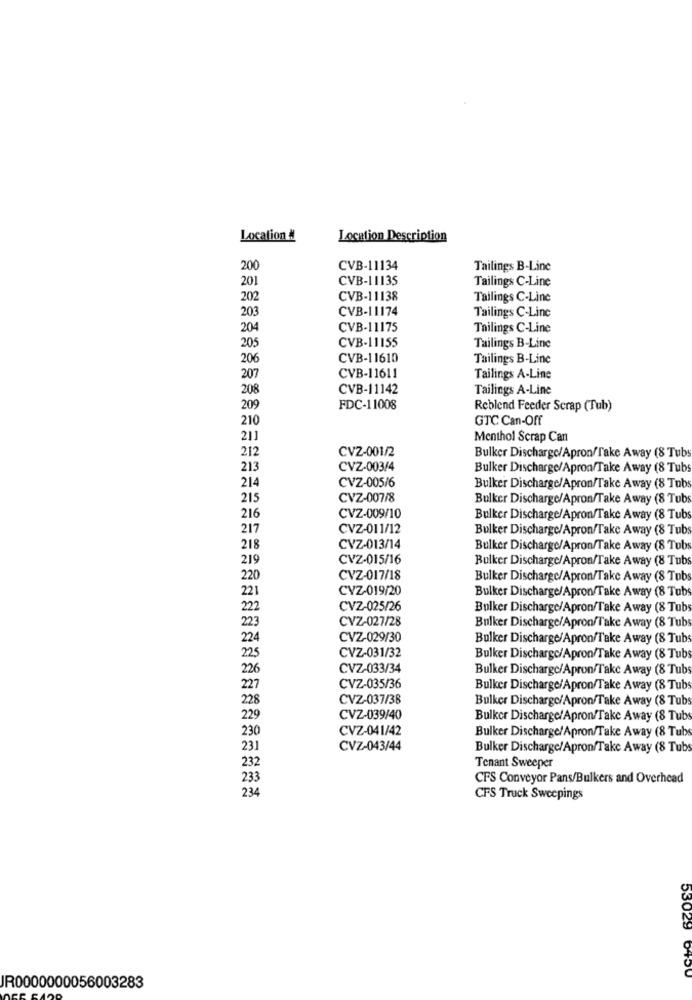
Location #
Location Description
200
CVB-11134
Tailings B-Line
201
CVB-11135
Tailing& C-Line
202
CVB-11138
Tailings C-Line
203
CVB-11174
Tailings C-Line
204
CVB-11175
Tailings C-Line
CVB-11155
205
Tailings B-Line
206
CVB-11610
Tailings B-Line
207
CVB-11611
Tailings A-Line
208
CVB-11142
Tailings A-Line
209
FDC-11008
Reblend Feeder Scrap (Tub)
210
GTC Can-Off
211
Menthol Scrap Can
212
CVZ-001/2
Bulker Discharge/Apron/Take Away (8 Tub
213
CVZ-003/4
Bulker Discharge/Apron/Take Away (8 Tubs
CVZ-005/6
214
Bulker Discharge/Apron/Take Away (8 Tubs
215
CVZ-007/8
Bulker Discharge/Apron/Take Away (8 Tubs
216
CVZ-009/10
Bulker Discharge/Apron/Take Away (8 Tubs
217
CVZ-011/12
Bulker Discharge/Apron/Take Away (8 Tubs
218
CVZ-013/14
Bulker Discharge/Apron/Take Away (8 Tubs
219
CVZ-015/16
Bulker Discharge/Apron/Take Away (8 Tubs
220
CVZ-017/18
Bulker Discharge/Apron/Take Away (8 Tubs
221
CVZ-019/20
Bulker Discharge/Apron/Take Away (8 Tubs
222
CVZ-025/26
Bulker Discharge/Apron/Take Away (8 Tubs
223
CVZ-027/28
Bulker Discharge/Apron/Take Away (8 Tubs
224
CVZ-029/30
Bulker Discharge/Apron/Take Away (8 Tubs
225
CVZ-031/32
Bulker Discharge/Apron/Take Away (8 Tubs
226
CVZ-033/34
Bulker Discharge/Apron/Take Away (8 Tubs
227
CVZ-035/36
Bulker Discharge/Apron/Take Away (8 Tub
228
CVZ-037/38
Bulker Discharge/Apron/Take Away (8 Tubs
229
CVZ-039/40
Bulkcr Discharge/Apron/Take Away (8 Tubs
230
CVZ-041/42
Bulker Discharge/Apron/Take Away (8 Tubs
231
CVZ-043/44
Bulker Discharge/Apron/Take Away (8 Tubs
232
Tenant Sweeper
233
CFS Conveyor Pans/Bulkers and Overhead
234
CFS Truck Sweepings
53029 6450
JR0000000056003283